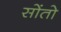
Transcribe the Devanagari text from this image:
सोंतो